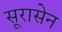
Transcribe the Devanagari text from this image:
सूरासेन